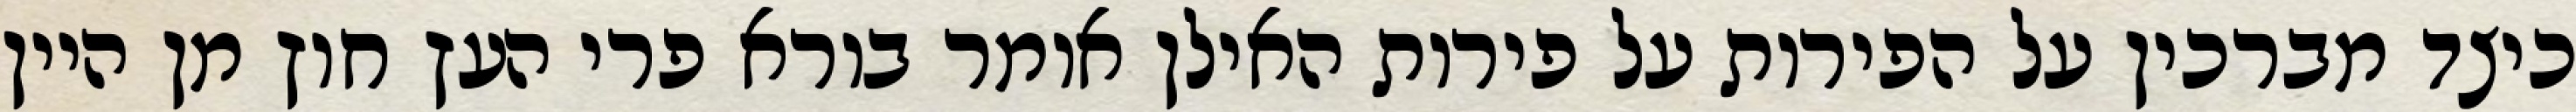
כיצד מברכין על הפירות על פירות האילן אומר בורא פרי העץ חוץ מן היין